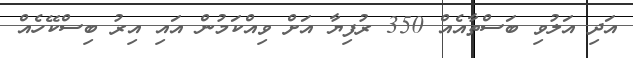
އަދި އަލުވި ބަސްތާއެއް 350 ރުފިޔާ އަށް ވިއްކަމުން އައި އިރު ބިސްކޭހެއް